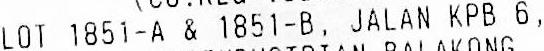
LOT 1851-A & 1851-B, JALAN KPB 6,